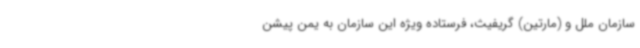
سازمان ملل و (مارتین) گریفیث، فرستاده ویژه این سازمان به یمن پیشن